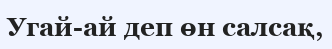
Угай-ай деп өн салсақ,